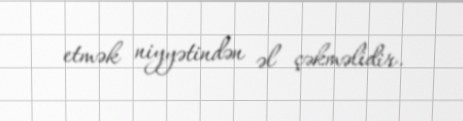
etmək niyyətindən əl çəkməlidir.